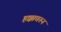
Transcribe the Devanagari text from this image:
हक्कावरुन